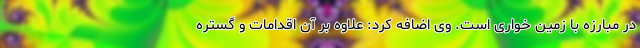
در مبارزه با زمین خواری است. وی اضافه کرد: علاوه بر آن اقدامات و گستره